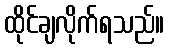
ထိုင်ချလိုက်ရသည်။